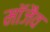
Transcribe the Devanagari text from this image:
माॅजैव